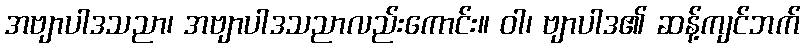
အဗျာပါဒသညာ၊ အဗျာပါဒသညာလည်းကောင်း။ ဝါ၊ ဗျာပါဒ၏ ဆန့်ကျင်ဘက်